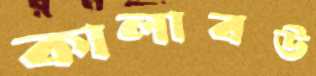
কালাবউ